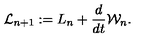
{ \cal L } _ { n + 1 } : = L _ { n } + { \frac { d } { d t } } { \cal W } _ { n } .